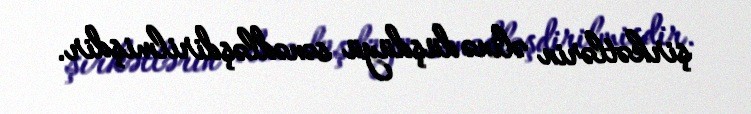
şirkətlərin əlinə düşdüyü sənədləşdirilmişdir.